Indian Medical Review
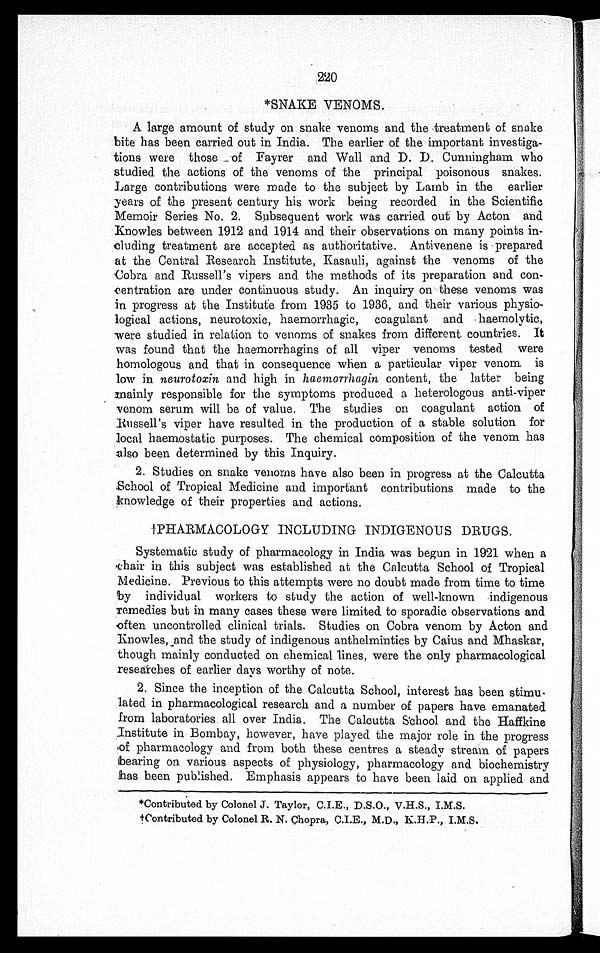
2W)
*SNAKE VENOMS.
• A large amount of study on snake venoms and the treatment of snake
bite has been carried out in India. The earlier of the important investiga-
tions were those of Fayrer and Wall and D. D. Cunningham who
studied the actions of the venoms of the principal poisonous snakes.
Large contributions were made to the subject by Lamb in the earlier
years of the present century his work being recorded in the Scientific
Memoir Series No. 2. Subsequent work was carried out by Acton and
:.Knowles between 1912 and 1914 and their observations on many points in-
cluding treatment are accepted as authoritative. Antivenene is prepared
at the Central Research Institute, Kasauli, against the venoms of the
Cobra and Russell's vipers and the methods of its preparation and con-
centration are under continuous study. An inquiry on these venoms was
in progress at the Institute from 1935 to 1936, and their various physio-
logical actions, neurotoxic, haemorrhagic, coagulant and . haemolytic,
were studied in relation to venoms of snakes from different. countries. It
was found that the haemorrhagins of all viper venoms tested were
homologous and that in consequence when a particular viper venom. is
low in neurotoxin and high in haemorrhagin content, the latter being
mainly responsible for the symptoms produced a heterologous anti-viper
venom serum will be of value. The studies on coagulant action of
Russell's viper have resulted in the production of a stable solution for
local haemostatic purposes. The chemical composition of the venom has
:also been determined by this Inquiry.
2. Studied on snake venoms have also been in progress at the Calcutta
School of Tropical Medicine and important contributions made to the
knowledge of their properties and actions.
PHARMACOLOGY INCLUDING INDIGENOUS DRUGS.
Systematic study of pharmacology in India was begun in 1921 when a
.chair in this subject was established at the Calcutta School of Tropical
Medicine. Previous to this attempts were no doubt made from time to time
by individual workers to study the action of well-known indigenous
remedies but in many cases these were limited to sporadic observations and
often uncontrolled clinical trials. Studies on Cobra venom by Acton and
Knowles, and the study of indigenous anthelmintics by Caius and Mhaskar,
though mainly conducted on chemical 'lines, were the only pharmacological
researches of earlier days worthy of note.
2. Since the inception of the Calcutta School, interest has been stimu.
fated in pharmacological research and a number of papers have emanated
from laboratories. all over India. The Calcutta School and the Haffkine
.Institute in Bombay, however, have played the major role in the progress
of pharmacology and from both these centres a steady stream of papers
bearing on various aspects of physiology, pharmacology and biochemistry
has been published. Emphasis appears to have been laid on applied and
*Contributed by Colonel J. Taylor, C.I.E., D.S.O., V.H.S., I.M.S.
tContributed by Colonel R. N. Chopra, C.I.E., M.D., K.H.P., I.M.S.